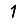
Digit: 1